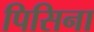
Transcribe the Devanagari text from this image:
पिसिना